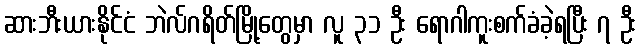
ဆားဘီးယားနိုင်ငံ ဘဲလ်ဂရိတ်မြို့တွေမှာ လူ ၃၁ ဦး ရောဂါကူးစက်ခံခဲ့ရပြီး ၇ ဦး